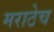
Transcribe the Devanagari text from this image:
मराठेच